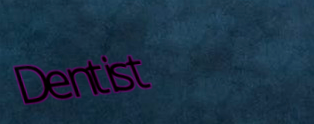
Dentist